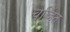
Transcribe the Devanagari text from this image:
चर्च्हित